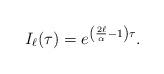
LaTeX: \begin{align*} I_\ell(\tau) = e^{\left( \frac{2\ell}{\alpha}-1 \right)\tau}.\end{align*}